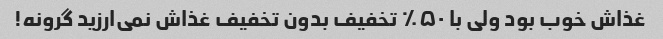
غذاش خوب بود ولی با ۵۰٪ تخفیف بدون تخفیف غذاش نمی‌ارزید گرونه!